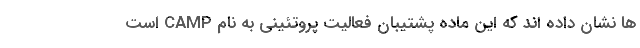
ها نشان داده اند که این ماده پشتیبان فعالیت پروتئینی به نام CAMP است